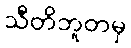
သီတိဘူတမှ